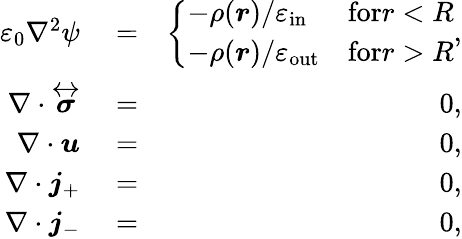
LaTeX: \begin{array}{rlr}{\varepsilon_{0}\nabla^{2}\psi}&{{}=}&{\left\{ \begin{array}{ll}{-\rho(\boldsymbol{r})/\varepsilon_{\mathrm{in}}}&{\textrm{for}r<R}\\ {-\rho(\boldsymbol{r})/\varepsilon_{\mathrm{out}}}&{\textrm{for}r>R}\end{array}\right.,}\\ {\nabla\cdot\overleftrightarrow{\boldsymbol{\sigma}}}&{{}=}&{0,}\\ {\nabla\cdot\boldsymbol{u}}&{{}=}&{0,}\\ {\nabla\cdot\boldsymbol{j}_{+}}&{{}=}&{0,}\\ {\nabla\cdot\boldsymbol{j}_{-}}&{{}=}&{0,}\end{array}